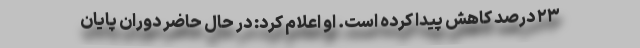
۲۳ درصد کاهش پیدا کرده است. او اعلام کرد: در حال حاضر دوران پایان